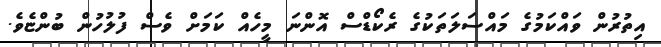
އިތުރުން ވައްކަމުގެ މައްސަލަތަކުގެ ރެކޯޑްސް އޮންނަ މީހެއް ކަމަށް ވެސް ފުލުހުން ބުންޏެވެ.